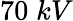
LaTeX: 70\; kV